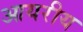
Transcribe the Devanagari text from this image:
आयरीय